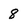
Character: 8